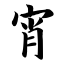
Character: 宵